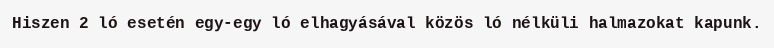
Hiszen 2 ló esetén egy-egy ló elhagyásával közös ló nélküli halmazokat kapunk.